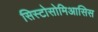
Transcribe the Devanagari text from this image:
सिस्टोसोमिआसिस